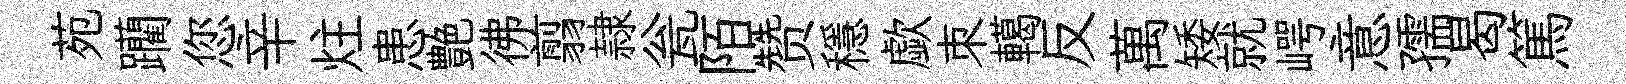
苑躪您辛炷患艶彿翦隷瓮陌赞穩歔朿轕反萬矮就崿意孺曷篤